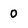
Character: 0